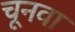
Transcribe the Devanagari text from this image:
चूनवा